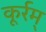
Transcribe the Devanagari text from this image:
कूर्रम्